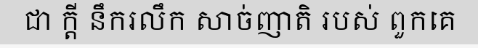
ជា ក្តី នឹករលឹក សាច់ញាតិ របស់ ពួកគេ